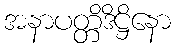
အနာပတ္တိဒိဋ္ဌိနော